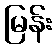
မြန်း